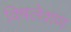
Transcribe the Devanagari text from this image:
विषलेशण